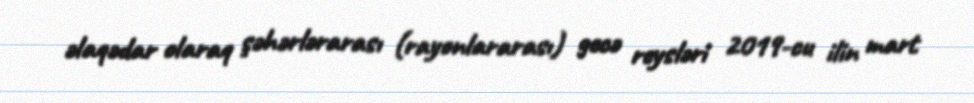
əlaqədar olaraq şəhərlərarası (rayonlararası) gecə reysləri 2019-cu ilin mart